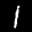
Label: 1